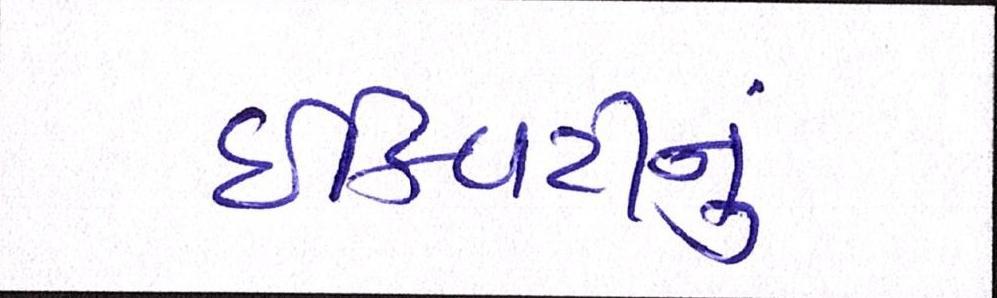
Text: ઈક્વિટીનું